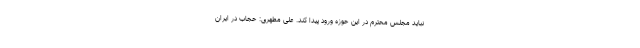
نباید مجلس محترم در این حوزه ورود پیدا کند. علی مطهری: حجاب در ایران